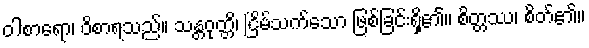
ဝါစာရော၊ ဝိစာရသည်။ သန္တဝုတ္တိ၊ ငြိမ်သက်သော ဖြစ်ခြင်းရှိ၏။ စိတ္တဿ၊ စိတ်၏။